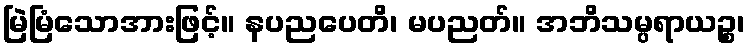
မြဲမြံသောအားဖြင့်။ နပညပေတိ၊ မပညတ်။ အဘိသမ္ပရာယဉ္စ၊